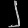
Digit: ၂